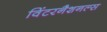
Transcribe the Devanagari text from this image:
विंटरनैशनल्स